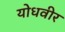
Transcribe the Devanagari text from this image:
योधवीर